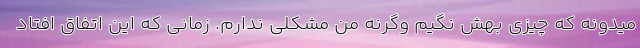
میدونه که چیزی بهش نگیم وگرنه من مشکلی ندارم. زمانی که این اتفاق افتاد